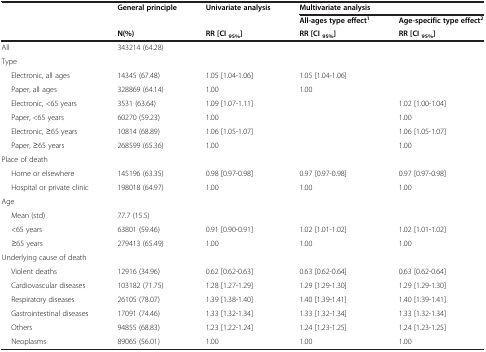
<table><thead><tr><td><b> </b></td><td><b>General principle</b></td><td><b>Univariate analysis</b></td><td colspan="2"><b>Multivariate analysis</b></td></tr><tr><td><b> </b></td><td><b> </b></td><td><b> </b></td><td><b>All-ages type effect<sup>1</sup></b></td><td><b>Age-specific type effect<sup>2</sup></b></td></tr><tr><td><b> </b></td><td><b>N(%)</b></td><td><b>RR [CI <sub>95%</sub>]</b></td><td><b>RR [CI <sub>95%</sub>]</b></td><td><b>RR [CI <sub>95%</sub>]</b></td></tr></thead><tbody><tr><td>All</td><td>343214 (64.28)</td><td> </td><td> </td><td> </td></tr><tr><td>Type</td><td> </td><td> </td><td> </td><td> </td></tr><tr><td>Electronic, all ages</td><td>14345 (67.48)</td><td>1.05 [1.04-1.06]</td><td>1.05 [1.04-1.06]</td><td> </td></tr><tr><td>Paper, all ages</td><td>328869 (64.14)</td><td>1.00</td><td>1.00</td><td> </td></tr><tr><td>Electronic, &lt;65 years</td><td>3531 (63.64)</td><td>1.09 [1.07-1.11]</td><td> </td><td>1.02 [1.00-1.04]</td></tr><tr><td>Paper, &lt;65 years</td><td>60270 (59.23)</td><td>1.00</td><td> </td><td>1.00</td></tr><tr><td>Electronic, ≥65 years</td><td>10814 (68.89)</td><td>1.06 [1.05-1.07]</td><td> </td><td>1.06 [1.05-1.07]</td></tr><tr><td>Paper, ≥65 years</td><td>268599 (65.36)</td><td>1.00</td><td> </td><td>1.00</td></tr><tr><td>Place of death</td><td> </td><td> </td><td> </td><td> </td></tr><tr><td>Home or elsewhere</td><td>145196 (63.35)</td><td>0.98 [0.97-0.98]</td><td>0.97 [0.97-0.98]</td><td>0.97 [0.97-0.98]</td></tr><tr><td>Hospital or private clinic</td><td>198018 (64.97)</td><td>1.00</td><td>1.00</td><td>1.00</td></tr><tr><td>Age</td><td> </td><td> </td><td> </td><td> </td></tr><tr><td>Mean (std)</td><td>77.7 (15.5)</td><td> </td><td> </td><td> </td></tr><tr><td>&lt;65 years</td><td>63801 (59.46)</td><td>0.91 [0.90-0.91]</td><td>1.02 [1.01-1.02]</td><td>1.02 [1.01-1.02]</td></tr><tr><td>≥65 years</td><td>279413 (65.49)</td><td>1.00</td><td>1.00</td><td>1.00</td></tr><tr><td>Underlying cause of death</td><td> </td><td> </td><td> </td><td> </td></tr><tr><td>Violent deaths</td><td>12916 (34.96)</td><td>0.62 [0.62-0.63]</td><td>0.63 [0.62-0.64]</td><td>0.63 [0.62-0.64]</td></tr><tr><td>Cardiovascular diseases</td><td>103182 (71.75)</td><td>1.28 [1.27-1.29]</td><td>1.29 [1.29-1.30]</td><td>1.29 [1.29-1.30]</td></tr><tr><td>Respiratory diseases</td><td>26105 (78.07)</td><td>1.39 [1.38-1.40]</td><td>1.40 [1.39-1.41]</td><td>1.40 [1.39-1.41]</td></tr><tr><td>Gastrointestinal diseases</td><td>17091 (74.46)</td><td>1.33 [1.32-1.34]</td><td>1.33 [1.32-1.34]</td><td>1.33 [1.32-1.34]</td></tr><tr><td>Others</td><td>94855 (68.83)</td><td>1.23 [1.22-1.24]</td><td>1.24 [1.23-1.25]</td><td>1.24 [1.23-1.25]</td></tr><tr><td>Neoplasms</td><td>89065 (56.01)</td><td>1.00</td><td>1.00</td><td>1.00</td></tr></tbody></table>